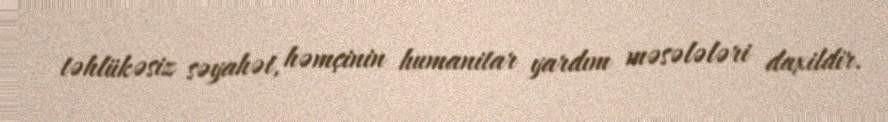
təhlükəsiz səyahət, həmçinin humanitar yardım məsələləri daxildir.